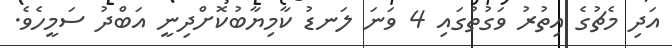
އަދި މެޗުގެ އިތުރު ވަގުތުގައި 4 ވަނަ ލަނޑު ކާމިޔާބުކޮށްދިނީ އަބްދު ސަމީހެވެ.